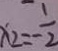
x _ { 2 } = - \frac { 1 } { 2 }